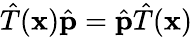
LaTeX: {\hat{T}}(\mathbf{x}){\hat{\mathbf{p}}}={\hat{\mathbf{p}}}{\hat{T}}(\mathbf{x})